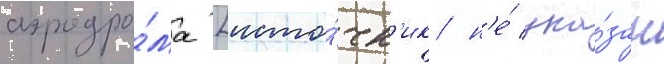
аэродро́ма [исто́чн'ик н'е́ ука́зан